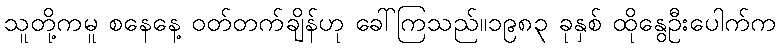
သူတို့ကမူ စနေနေ့ ဝတ်တက်ချိန်ဟု ခေါ်ကြသည်။၁၉၈၃ ခုနှစ် ထိုနွေဦးပေါက်က